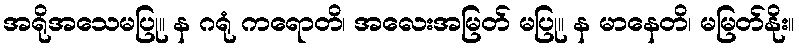
အရိုအသေမပြု။ န ဂရုံ ကရောတိ၊ အလေးအမြတ် မပြု။ န မာနေတိ၊ မမြတ်နိုး။